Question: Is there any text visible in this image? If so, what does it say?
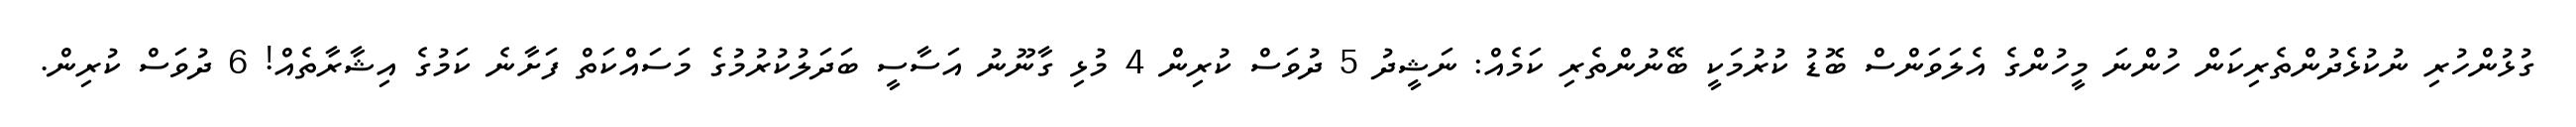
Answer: ގުޅުންހުރި ނުކުޅެދުންތެރިކަން ހުންނަ މީހުންގެ އެލަވަންސް ބޮޑު ކުރުމަކީ ބޭނުންތެރި ކަމެއް: ނަޝީދު 5 ދުވަސް ކުރިން 4 މުޅި ގާނޫނު އަސާސީ ބަދަލުކުރުމުގެ މަސައްކަތް ފަށާނެ ކަމުގެ އިޝާރާތެއް! 6 ދުވަސް ކުރިން.